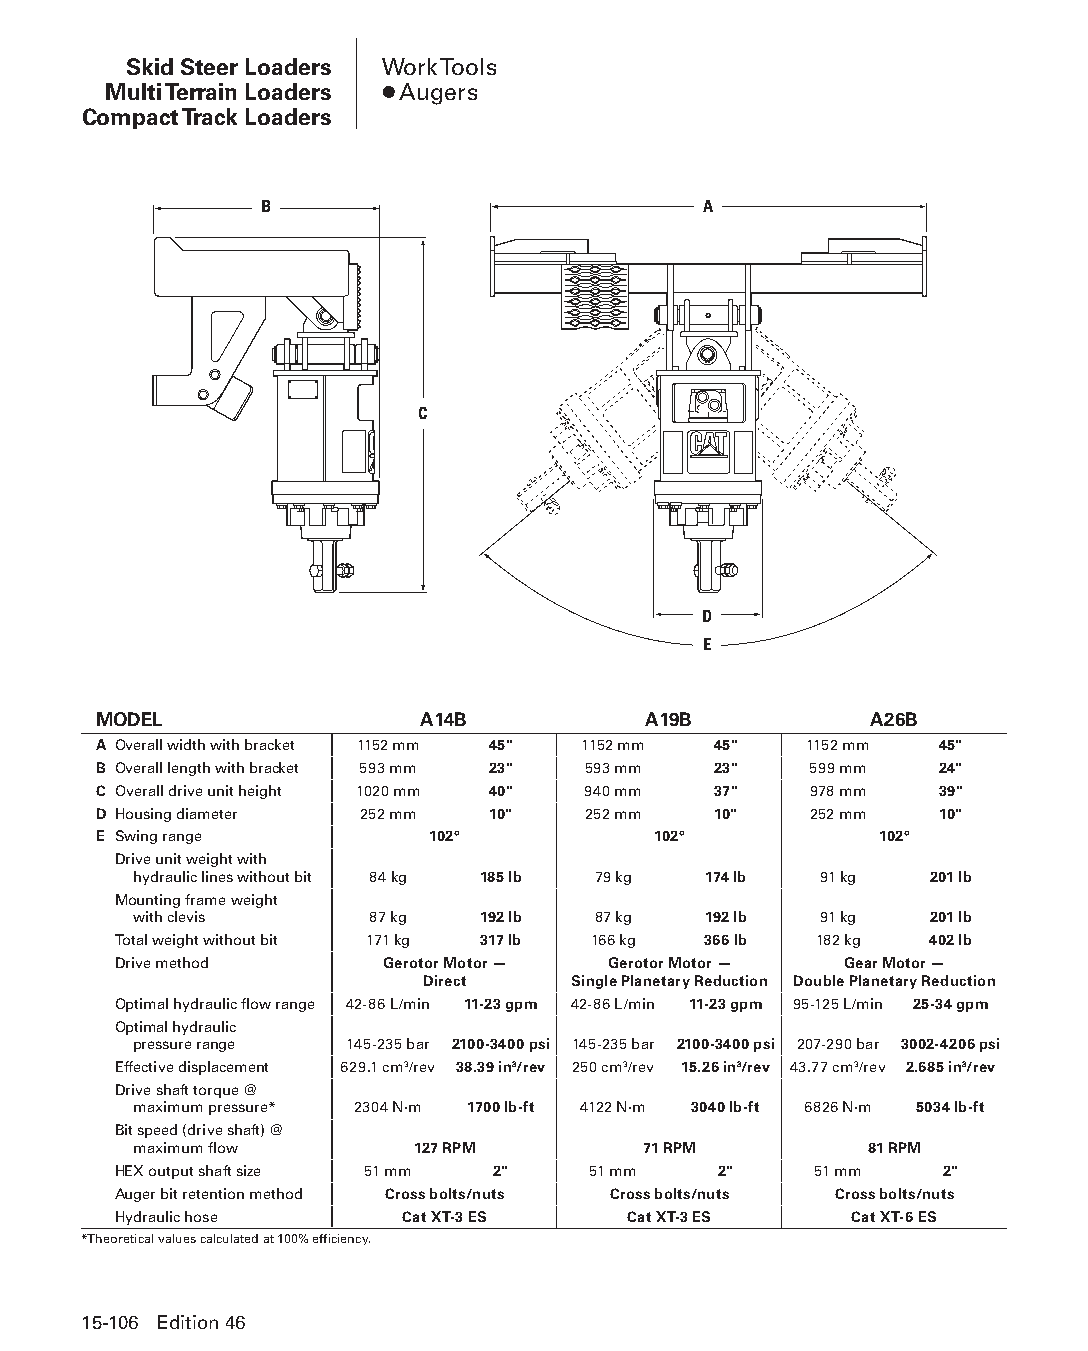
Skid Steer Loaders Work Tools
 Multi Terrain Loaders ● Augers
 Compact Track Loaders
 B                            A
 C
 D
 E
 MODEL                A14B           A19B           A26B
 A Overall width with bracket 1152 mm 45" 1152 mm 45" 1152 mm 45"
 B Overall length with bracket 593 mm 23" 593 mm 23" 599 mm 24"
 C Overall drive unit height 1020 mm 40" 940 mm 37" 978 mm 39"
 D Housing diameter 252 mm 10"   252 mm   10"   252 mm   10"
 E Swing range         102°           102°           102°
 Drive unit weight with
 hydraulic lines without bit 84 kg 185 lb 79 kg 174 lb 91 kg 201 lb
 Mounting frame weight
 with clevis     87 kg  192 lb  87 kg  192 lb  91 kg  201 lb
 Total weight without bit 171 kg 317 lb 166 kg 366 lb 182 kg 402 lb
 Drive method      Gerotor Motor — Gerotor Motor — Gear Motor —
 Direct    Single Planetary Reduction Double Planetary Reduction
 Optimal hydraulic flow range 42-86 L/min 11-23 gpm 42-86 L/min 11-23 gpm 95-125 L/min 25-34 gpm
 Optimal hydraulic
 pressure range 145-235 bar 2100-3400 psi 145-235 bar 2100-3400 psi 207-290 bar 3002-4206 psi
 Effective displacement 629.1 cm3/rev 38.39 in3/rev 250 cm3/rev 15.26 in3/rev 43.77 cm3/rev 2.685 in3/rev
 Drive shaft torque @
 maximum pressure* 2304 N·m 1700 lb-ft 4122 N·m 3040 lb-ft 6826 N·m 5034 lb-ft
 Bit speed (drive shaft) @
 maximum flow       127 RPM        71 RPM         81 RPM
 HEX output shaft size 51 mm 2" 51 mm    2"    51 mm    2"
 Auger bit retention method Cross bolts/nuts Cross bolts/nuts Cross bolts/nuts
 Hydraulic hose     Cat XT-3 ES    Cat XT-3 ES    Cat XT-6 ES
 *Theoretical values calculated at 100% efficiency.
 15-106 Edition 46
 PPHHBB--SSeecc1155--1166..iinndddd 110066                      1122//44//1155 1100::5511 AAMM